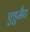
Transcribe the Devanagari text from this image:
एडुसैट